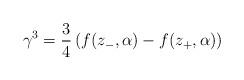
LaTeX: \begin{align*}\gamma^{3}=\frac{3}{4}\left(f(z_{-},\alpha)-f(z_{+},\alpha)\right)\end{align*}